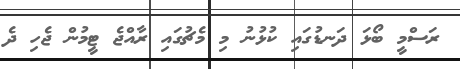
ރަސްމީ ބޯޅަ ދަނޑުގައި ކުޅުނު މި މެޗުގައި ރާއްޖެ ޓީމުން ޖެހި ދެ